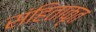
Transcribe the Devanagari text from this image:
संहिताकृत